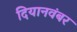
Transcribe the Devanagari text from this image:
दियानवंबर